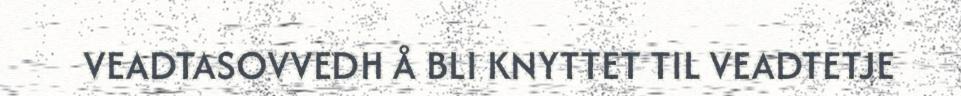
VEADTASOVVEDH Å BLI KNYTTET TIL VEADTETJE